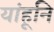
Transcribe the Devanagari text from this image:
यांहूनि